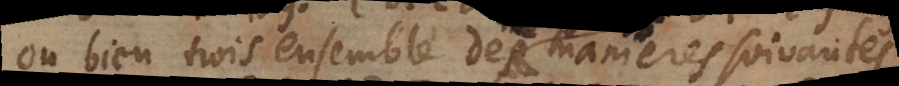
ou bien trois ensemble de manieres suivantes